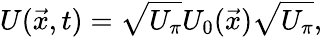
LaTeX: U(\vec{x},t)=\sqrt{U_{\pi}}U_{0}(\vec{x})\sqrt{U_{\pi}},